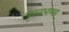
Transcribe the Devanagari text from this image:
आनन्दभाष्यम्